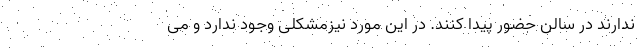
ندارند در سالن حضور پیدا کنند. در این مورد نیزمشکلی وجود ندارد و می